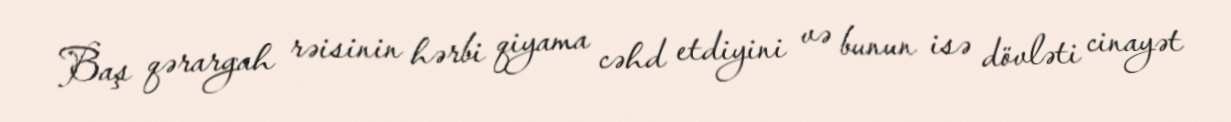
Baş qərargah rəisinin hərbi qiyama cəhd etdiyini və bunun isə dövləti cinayət